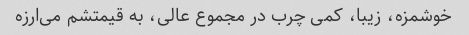
خوشمزه، زیبا، کمی چرب در مجموع عالی، به قیمتشم می‌ارزه